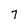
Character: 7